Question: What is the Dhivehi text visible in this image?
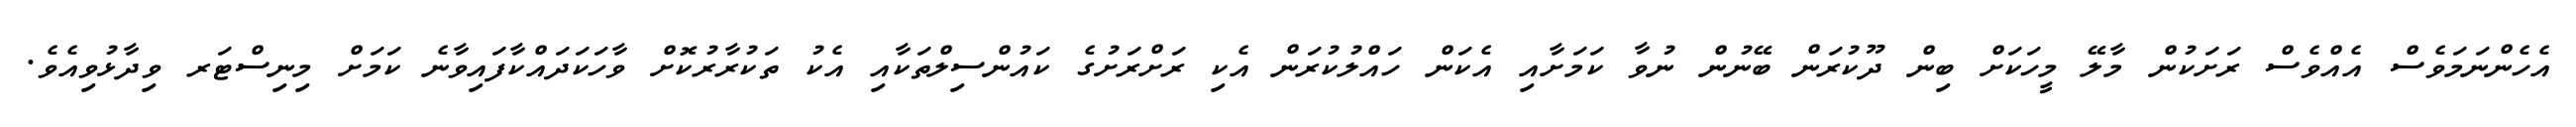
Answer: އެހެންނަމަވެސް އެއްވެސް ރަށަކުން މާލޭ މީހަކަށް ބިން ދޫކުރަން ބޭނުން ނުވާ ކަމަށާއި އެކަން ހައްލުކުރަން އެކި ރަށްރަށުގެ ކައުންސިލްތަކާއި އެކު ތަކުރާރުކޮށް ވާހަކަދައްކާފައިވާނެ ކަމަށް މިނިސްޓަރ ވިދާޅުވިއެވެ.